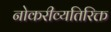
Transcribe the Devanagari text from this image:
नोकरीव्यतिरिक्त